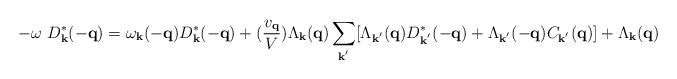
LaTeX: \begin{align*}-\omega \mbox{ }D^{*}_{ {\bf{k}} }(-{\bf{q}})= \omega_{ {\bf{k}} }(-{\bf{q}})D^{*}_{ {\bf{k}} }(-{\bf{q}})+ (\frac{ v_{ {\bf{q}} } }{V})\Lambda_{ {\bf{k}} }({\bf{q}})\sum_{ {\bf{k}}^{'} }[\Lambda_{ {\bf{k}}^{'} }({\bf{q}})D^{*}_{ {\bf{k}}^{'} }(-{\bf{q}}) + \Lambda_{ {\bf{k}}^{'} }(-{\bf{q}})C_{ {\bf{k}}^{'} }({\bf{q}})]+ \Lambda_{ {\bf{k}} }({\bf{q}})\end{align*}